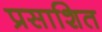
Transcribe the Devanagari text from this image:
प्रसाशित